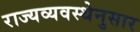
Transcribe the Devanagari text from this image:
राज्यव्यवस्थेनुसार